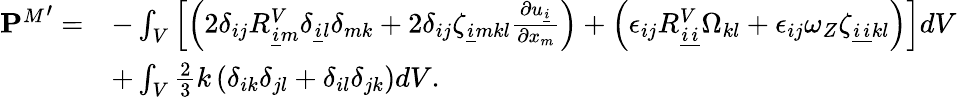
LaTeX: \begin{array}{rl}{{\mathbf{P}^{M}}^{\prime}=}&{-\int_{V}\left[\left(2\delta_{ij}R_{\underline{{i}}m}^{V}\delta_{\underline{{i}}l}\delta_{mk}+2\delta_{ij}\zeta_{\underline{{i}}mkl}\frac{\partial u_{\underline{{i}}}}{\partial x_{m}}\right)+\left(\epsilon_{ij}R_{\underline{{i}}\underline{{i}}}^{V}\Omega_{kl}+\epsilon_{ij}\omega_{Z}\zeta_{\underline{{i}}\underline{{i}}kl}\right)\right]dV}\\ &{+\int_{V}\frac{2}{3}k\left(\delta_{ik}\delta_{jl}+\delta_{il}\delta_{jk}\right)dV.}\end{array}